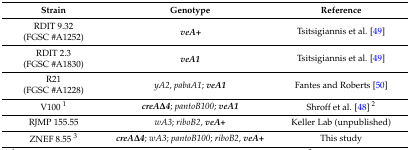
<table><thead><tr><td><b>Strain</b></td><td><b>Genotype</b></td><td><b>Reference</b></td></tr></thead><tbody><tr><td>RDIT 9.32</td><td rowspan="2"><i><b>veA+</b></i></td><td rowspan="2">Tsitsigiannis et al. [49]</td></tr><tr><td>(FGSC #A1252)</td></tr><tr><td>RDIT 2.3</td><td rowspan="2"><i><b>veA1</b></i></td><td rowspan="2">Tsitsigiannis et al. [49]</td></tr><tr><td>(FGSC #A1830)</td></tr><tr><td>R21</td><td rowspan="2"><i>yA2</i>, <i>pabaA1</i>; <i><b>veA1</b></i></td><td rowspan="2">Fantes and Roberts [50]</td></tr><tr><td>(FGSC #A1228)</td></tr><tr><td>V100 <sup>1</sup></td><td><i><b>creAΔ4</b></i>; <i>pantoB100</i>; <i><b>veA1</b></i></td><td>Shroff et al. [48] <sup>2</sup></td></tr><tr><td>RJMP 155.55</td><td><i>wA3</i>; <i>riboB2</i>, <i><b>veA+</b></i></td><td>Keller Lab (unpublished)</td></tr><tr><td>ZNEF 8.55 <sup>3</sup></td><td><i><b>creAΔ4</b></i>; <i>wA3</i>; <i>pantoB100</i>; <i>riboB2</i>, <i><b>veA+</b></i></td><td>This study</td></tr></tbody></table>